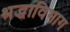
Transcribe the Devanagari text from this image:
श्रद्धाविभाग